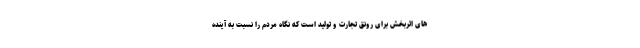
های اثربخش برای رونق تجارت و تولید است که نگاه مردم را نسبت به آینده